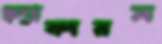
হ্যাকারস